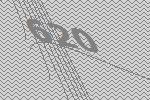
620